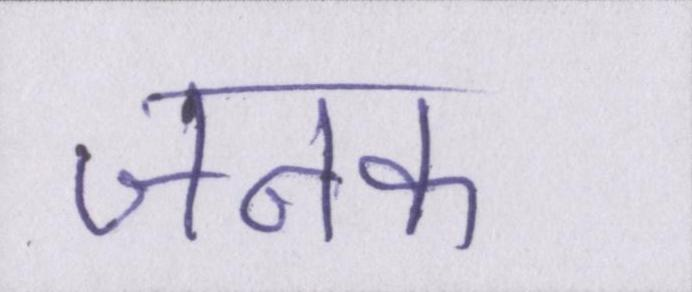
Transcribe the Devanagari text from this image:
जनक